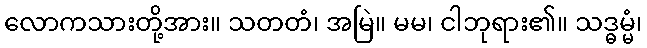
လောကသားတို့အား။ သတတံ၊ အမြဲ။ မမ၊ ငါဘုရား၏။ သဒ္ဓမ္မံ၊